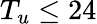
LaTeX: T_{u}\le 24